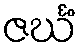
ဇင်္ဃံ